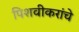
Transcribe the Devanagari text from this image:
पिशवीकरांचे